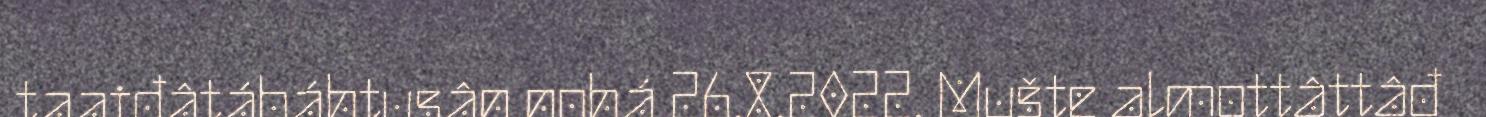
taaiđâtábáhtusân nohá 26.8.2022. Mušte almottâttâđ